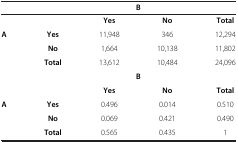
<table><thead><tr><td><b> </b></td><td><b> </b></td><td colspan="2"><b>B</b></td><td><b> </b></td></tr></thead><tbody><tr><td> </td><td> </td><td><b>Yes</b></td><td><b>No</b></td><td><b>Total</b></td></tr><tr><td><b>A</b></td><td><b>Yes</b></td><td>11,948</td><td>346</td><td>12,294</td></tr><tr><td> </td><td><b>No</b></td><td>1,664</td><td>10,138</td><td>11,802</td></tr><tr><td> </td><td><b>Total</b></td><td>13,612</td><td>10,484</td><td>24,096</td></tr><tr><td> </td><td> </td><td colspan="2"><b>B</b></td><td> </td></tr><tr><td> </td><td> </td><td><b>Yes</b></td><td><b>No</b></td><td><b>Total</b></td></tr><tr><td><b>A</b></td><td><b>Yes</b></td><td>0.496</td><td>0.014</td><td>0.510</td></tr><tr><td> </td><td><b>No</b></td><td>0.069</td><td>0.421</td><td>0.490</td></tr><tr><td> </td><td><b>Total</b></td><td>0.565</td><td>0.435</td><td>1</td></tr></tbody></table>